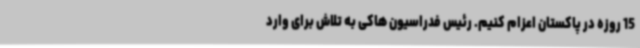
15 روزه در پاکستان اعزام کنیم. رئیس فدراسیون هاکی به تلاش برای وارد